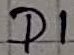
Text: D1